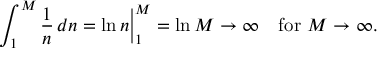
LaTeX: \int _ { 1 } ^ { M } { \frac { 1 } { n } } \, d n = \ln n { \Bigr | } _ { 1 } ^ { M } = \ln M \to \infty \quad { \mathrm { f o r ~ } } M \to \infty .